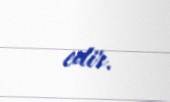
edir.